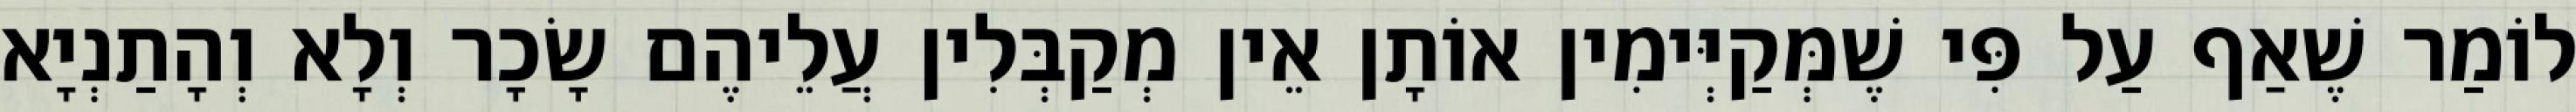
לוֹמַר שֶׁאַף עַל פִּי שֶׁמְּקַיְּימִין אוֹתָן אֵין מְקַבְּלִין עֲלֵיהֶם שָׂכָר וְלָא וְהָתַנְיָא